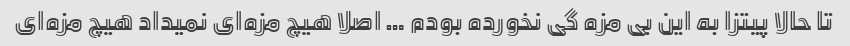
تا حالا پیتزا به این بی مزه گی نخورده بودم … اصلا هیچ مزه‌ای نمیداد هیچ مزه‌ای